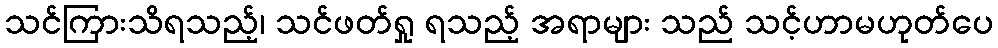
သင်ကြားသိရသည့်၊ သင်ဖတ်ရှု ရသည့် အရာများ သည် သင့်ဟာမဟုတ်ပေ